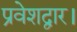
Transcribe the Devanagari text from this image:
प्रवेशद्वार।